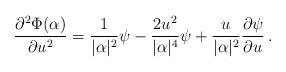
LaTeX: \begin{align*} \frac{\partial^2 \Phi(\alpha)}{\partial u^2}=\frac1{|\alpha|^2}\psi-\frac{2u^2} {|\alpha|^4}\psi+\frac{u}{|\alpha|^2} \frac{\partial \psi}{\partial u} \,.\end{align*}